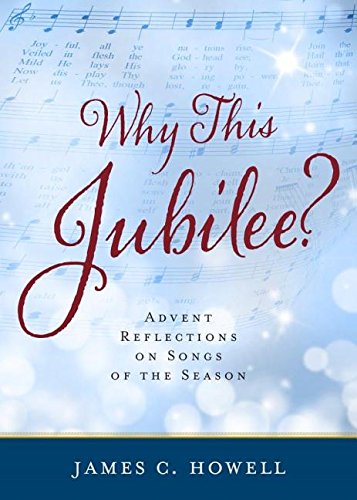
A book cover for Why This Jubliee?: Advent Reflections on Songs of the Season; James C. Howell; Christian Books & Bibles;